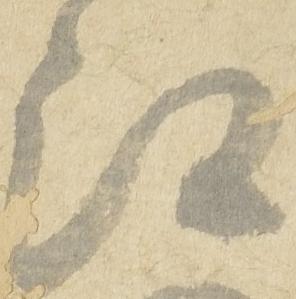
江